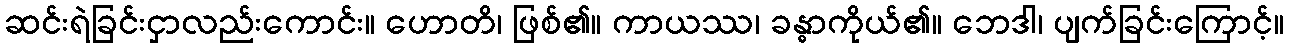
ဆင်းရဲခြင်းငှာလည်းကောင်း။ ဟောတိ၊ ဖြစ်၏။ ကာယဿ၊ ခန္ဓာကိုယ်၏။ ဘေဒါ၊ ပျက်ခြင်းကြောင့်။